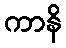
ကာနိ